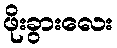
ဖိုးခွားလေး